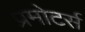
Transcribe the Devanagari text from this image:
प्रमोटर्स